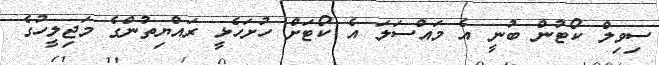
ސިވިލް ކޯޓުން ބުނީ އެ މައްސަލަ އެ ކޯޓަށް ހުށަހެޅީ ރައްޔިތުންގެ މަޖިލީހުގެ